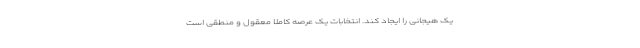
یک هیجانی را ایجاد کند. انتخابات یک عرصه کاملاً معقول و منطقی است